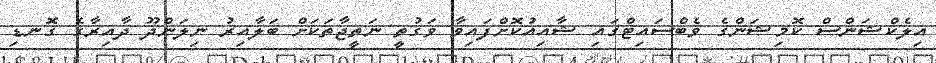
އިލެކްޝަންސް ކޮމިޝަންގެ ވެބްސައިޓްގައި ޝާއިއުކޮށްފައިވާ ވަގުތީ ނަތީޖާތަކަށް ބަލާއިރު ނިލަންދޫ ދާއިރާގެ ގޮނޑި